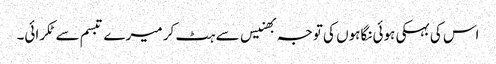
اس کی بہکی ہوئی نگاہوں کی توجہ بھنیس سے ہٹ کر میرے تبسم سے ٹکرائی۔